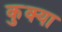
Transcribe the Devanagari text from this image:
कुक्या